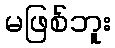
မဖြစ်ဘူး